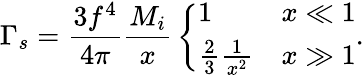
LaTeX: \Gamma_{s}={\frac{3f^{4}}{4\pi}}{\frac{M_{i}}{x}}\left\{ \begin{array}{ll}{{1}}&{{x\ll 1}}\\ {{{\frac{2}{3}}{\frac{1}{x^{2}}}}}&{{x\gg 1}}\end{array}\right..